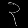
Digit: ၃